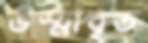
ভস্মাবৃত